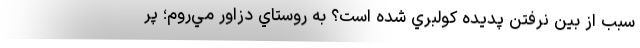
سبب از بين نرفتن پديده كولبري شده است؟ به روستاي دزاور مي‌روم؛ پر